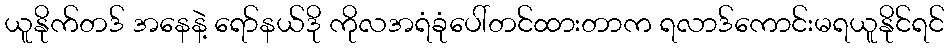
ယူနိုက်တဒ် အနေနဲ့ ရော်နယ်ဒို ကိုလအရံခုံပေါ်တင်ထားတာက ရလာဒ်ကောင်းမရယူနိုင်ရင်